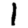
Digit: 1